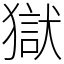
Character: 獄